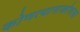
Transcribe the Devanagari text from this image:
कोणत्यानाकोणत्या